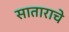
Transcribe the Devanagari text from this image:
साताराचे